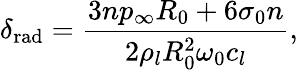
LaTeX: \delta_{\mathrm{rad}}=\frac{3np_{\infty}R_{0}+6\sigma_{0}n}{2\rho_{l}R_{0}^{2}\omega_{0}c_{l}},